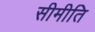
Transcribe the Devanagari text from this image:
सीमीति